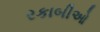
રકાબીઓ